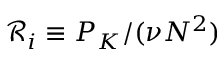
\mathcal { R } _ { i } \equiv P _ { K } / ( \nu N ^ { 2 } )